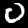
Digit: 0